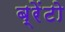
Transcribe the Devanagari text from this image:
ब्रेंटो